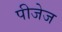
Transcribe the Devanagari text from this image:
पीजेज